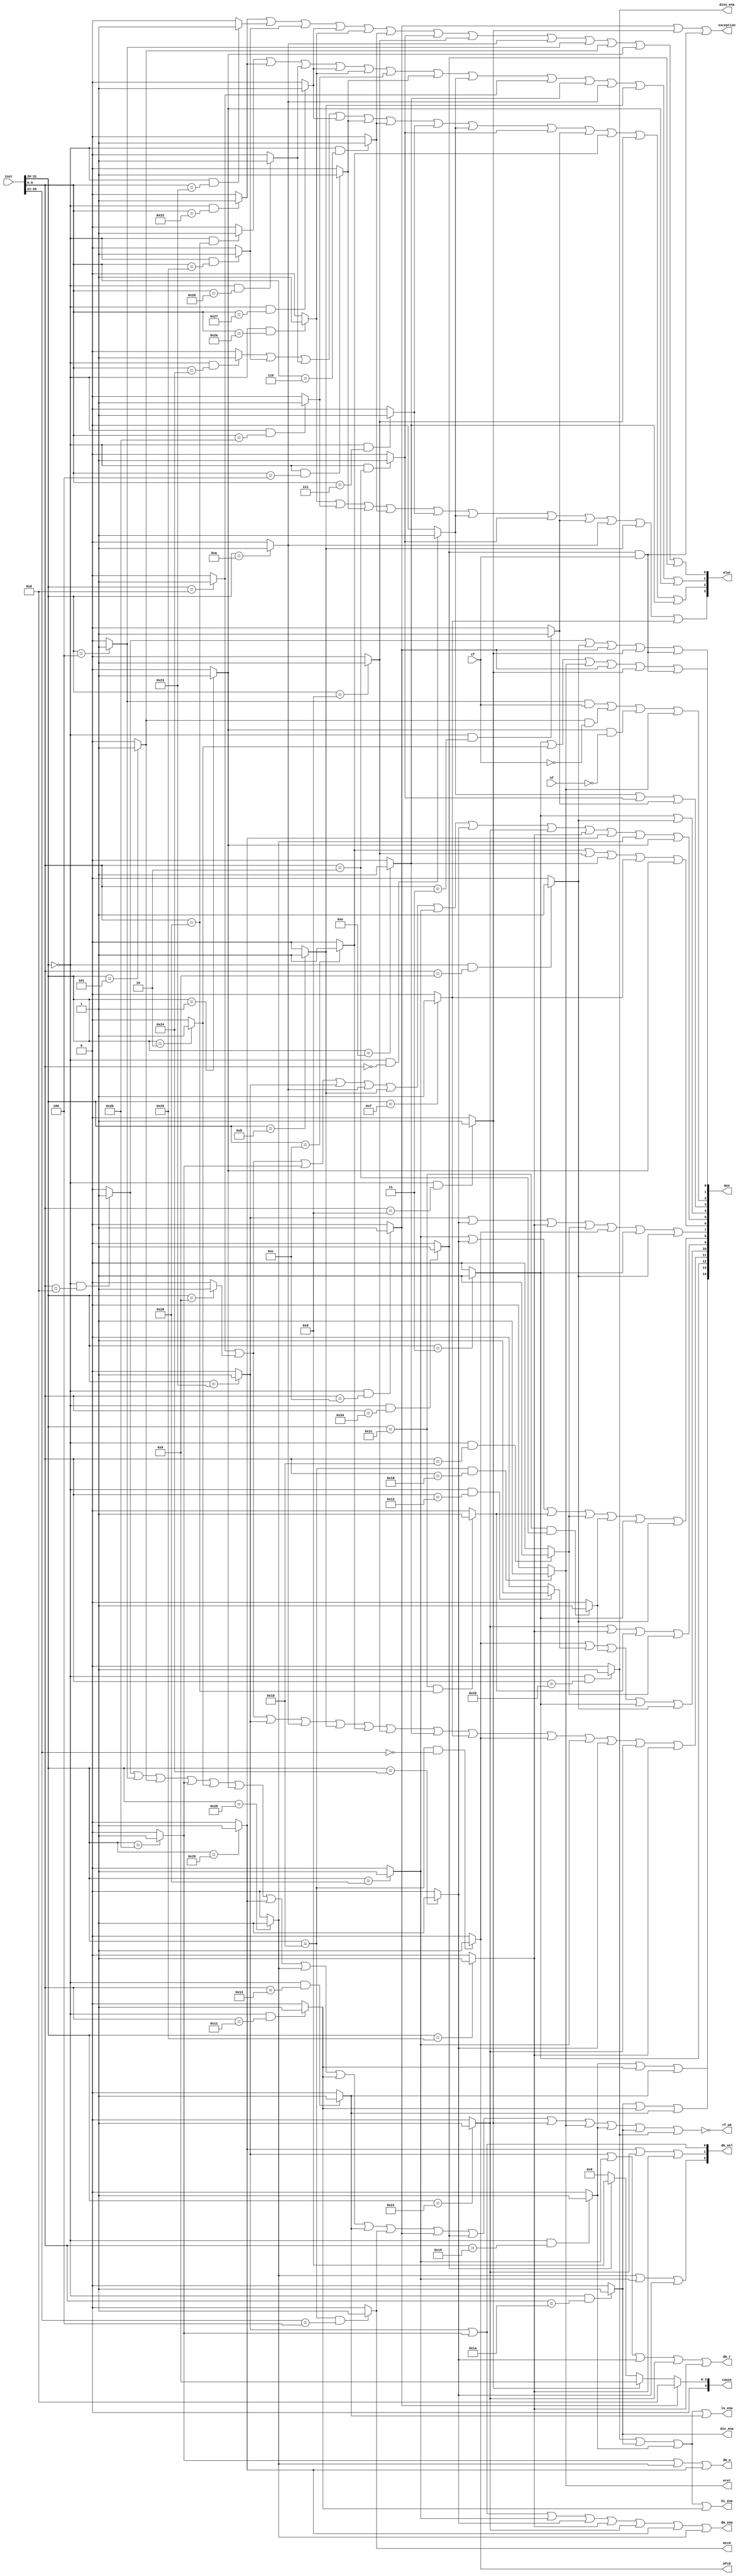
`timescale 1ns / 1ps

module cu(
   input  [31:0]inst,
   output [14:0]mux,
   input zf,
   input nf,
   output [3:0] aluc,
   output rf_we,
   output dm_ena,
   output dm_w,
   output dm_r,
   output [2:0]dm_sel,
   output mfc0,
   output mtc0,
   output exception,
   output eret,
   output [4:0]cause,
   output hi_ena,
   output lo_ena,
   output divu_ena,
   output div_ena
    );
    
    //31 inst
    wire add_op, addu_op, sub_op, subu_op, and_op, or_op, xor_op, nor_op;
    wire slt_op, sltu_op, sll_op, srl_op, sra_op, sllv_op, srlv_op, srav_op, jr_op;
    assign add_op  = (inst[31:26]==6'b000000&&inst[5:0]==6'b100000)?1'b1:1'b0;
    assign addu_op = (inst[31:26]==6'b000000&&inst[5:0]==6'b100001)?1'b1:1'b0;
    assign sub_op  = (inst[31:26]==6'b000000&&inst[5:0]==6'b100010)?1'b1:1'b0;
    assign subu_op = (inst[31:26]==6'b000000&&inst[5:0]==6'b100011)?1'b1:1'b0;
    assign and_op  = (inst[31:26]==6'b000000&&inst[5:0]==6'b100100)?1'b1:1'b0;
    assign or_op   = (inst[31:26]==6'b000000&&inst[5:0]==6'b100101)?1'b1:1'b0;
    assign xor_op  = (inst[31:26]==6'b000000&&inst[5:0]==6'b100110)?1'b1:1'b0;
    assign nor_op  = (inst[31:26]==6'b000000&&inst[5:0]==6'b100111)?1'b1:1'b0;
    assign slt_op  = (inst[31:26]==6'b000000&&inst[5:0]==6'b101010)?1'b1:1'b0;
    assign sltu_op = (inst[31:26]==6'b000000&&inst[5:0]==6'b101011)?1'b1:1'b0;
    assign sll_op  = (inst[31:26]==6'b000000&&inst[5:0]==6'b000000)?1'b1:1'b0;
    assign srl_op  = (inst[31:26]==6'b000000&&inst[5:0]==6'b000010)?1'b1:1'b0;
    assign sra_op  = (inst[31:26]==6'b000000&&inst[5:0]==6'b000011)?1'b1:1'b0;
    assign sllv_op = (inst[31:26]==6'b000000&&inst[5:0]==6'b000100)?1'b1:1'b0;
    assign srlv_op = (inst[31:26]==6'b000000&&inst[5:0]==6'b000110)?1'b1:1'b0;
    assign srav_op = (inst[31:26]==6'b000000&&inst[5:0]==6'b000111)?1'b1:1'b0;
    assign jr_op   = (inst[31:26]==6'b000000&&inst[5:0]==6'b001000)?1'b1:1'b0;
    
    wire addi_op, addiu_op, andi_op, ori_op, xori_op;
    wire  lw_op, sw_op, beq_op, bne_op,slti_op, sltiu_op, lui_op;
    assign addi_op = (inst[31:26]==6'b001000)?1'b1:1'b0;
    assign addiu_op= (inst[31:26]==6'b001001)?1'b1:1'b0;
    assign andi_op = (inst[31:26]==6'b001100)?1'b1:1'b0;
    assign ori_op  = (inst[31:26]==6'b001101)?1'b1:1'b0;
    assign xori_op = (inst[31:26]==6'b001110)?1'b1:1'b0;
    assign lw_op   = (inst[31:26]==6'b100011)?1'b1:1'b0;
    assign sw_op   = (inst[31:26]==6'b101011)?1'b1:1'b0;
    assign beq_op  = (inst[31:26]==6'b000100)?1'b1:1'b0;
    assign bne_op  = (inst[31:26]==6'b000101)?1'b1:1'b0;
    assign slti_op = (inst[31:26]==6'b001010)?1'b1:1'b0;
    assign sltiu_op= (inst[31:26]==6'b001011)?1'b1:1'b0;
    assign lui_op  = (inst[31:26]==6'b001111)?1'b1:1'b0;
    
    wire j_op, jal_op;
    assign j_op    = (inst[31:26]==6'b000010)?1'b1:1'b0;
    assign jal_op  = (inst[31:26]==6'b000011)?1'b1:1'b0;
    
    //32-54 inst
    wire clz_op,divu_op,div_op,multu_op,mul_op;
    assign clz_op  = (inst[31:26]==6'b011100&&inst[5:0]==6'b100000)?1'b1:1'b0;
    assign divu_op = (inst[31:26]==6'b000000&&inst[5:0]==6'b011011)?1'b1:1'b0;
    assign div_op  = (inst[31:26]==6'b000000&&inst[5:0]==6'b011010)?1'b1:1'b0;
    assign multu_op= (inst[31:26]==6'b000000&&inst[5:0]==6'b011001)?1'b1:1'b0;
    assign mul_op  = (inst[31:26]==6'b011100&&inst[5:0]==6'b000010)?1'b1:1'b0;//*
    //assign mul_op  = (inst[31:26]==6'b000000&&inst[5:0]==6'b011000)?1'b1:1'b0;
    
    wire lb_op,lbu_op, lh_op,lhu_op, sb_op,sh_op;  
    wire mfhi_op,mflo_op,mthi_op,mtlo_op;
    assign lb_op   = (inst[31:26]==6'b100000)?1'b1:1'b0;
    assign lbu_op  = (inst[31:26]==6'b100100)?1'b1:1'b0;
    assign lh_op   = (inst[31:26]==6'b100001)?1'b1:1'b0;
    assign lhu_op  = (inst[31:26]==6'b100101)?1'b1:1'b0;  
    assign sb_op   = (inst[31:26]==6'b101000)?1'b1:1'b0;
    assign sh_op   = (inst[31:26]==6'b101001)?1'b1:1'b0;
    assign mfhi_op = (inst[31:26]==6'b000000&&inst[5:0]==6'b010000)?1'b1:1'b0;
    assign mflo_op = (inst[31:26]==6'b000000&&inst[5:0]==6'b010010)?1'b1:1'b0; 
    assign mthi_op = (inst[31:26]==6'b000000&&inst[5:0]==6'b010001)?1'b1:1'b0;
    assign mtlo_op = (inst[31:26]==6'b000000&&inst[5:0]==6'b010011)?1'b1:1'b0;
    
    wire bgez_op,jalr_op;
    assign bgez_op = (inst[31:26]==6'b000001)?1'b1:1'b0;
    assign jalr_op = (inst[31:26]==6'b000000&&inst[5:0]==6'b001001)?1'b1:1'b0;
    
    wire mfc0_op,mtc0_op,syscall_op,teq_op,break_op,eret_op; 
    assign mfc0_op = (inst[31:26]==6'b010000&&inst[25:21]==5'b00000)?1'b1:1'b0;
    assign mtc0_op = (inst[31:26]==6'b010000&&inst[25:21]==5'b00100)?1'b1:1'b0;
    assign syscall_op = (inst[31:26]==6'b000000&&inst[5:0]==6'b001100)?1'b1:1'b0;
    assign teq_op  = (inst[31:26]==6'b000000&&inst[5:0]==6'b110100)?1'b1:1'b0;
    assign break_op= (inst[31:26]==6'b000000&&inst[5:0]==6'b001101)?1'b1:1'b0;
    assign eret_op = (inst[31:26]==6'b010000&&inst[5:0]==6'b011000)?1'b1:1'b0;
    
    /*------------------------------PC-----------------------------*/
    //mux[2:0] select pc_in
    //binary: 001 is jal_op | j_op ; 010 is jr_op | jalr_op ; 011 is syscall | break | teq & zf;100 is (beq_op & zf) |( bne_op & !zf) |(bgez_op & !nf) ; 101 is eret; 000 is others
    //sel: 000--NPC; 001--'||'; 010--'Rf.rs'; 011--32'h00400004; 100--sExt18+NPC
    assign mux[0]=jal_op || j_op || eret_op || syscall_op || break_op || teq_op & zf;
    assign mux[1]=jr_op || jalr_op || syscall_op || break_op || teq_op & zf;
    assign mux[2]=(beq_op & zf)||( bne_op & !zf)||(bgez_op & !nf)|| eret_op;// 0 is pc+4, 1 is ext18 + npc*
    
    /*------------------------------ALU-----------------------------*/
    assign aluc[3] = slt_op || sltu_op || sllv_op || srlv_op || srav_op || sll_op || srl_op || sra_op || slti_op || sltiu_op || lui_op ;
    assign aluc[2] = and_op || or_op || xor_op || nor_op || sllv_op || srlv_op || srav_op || sll_op || srl_op || sra_op || andi_op || ori_op || xori_op ;
    assign aluc[1] = add_op || sub_op || xor_op || nor_op || slt_op || sltu_op || sllv_op || sll_op || addi_op || xori_op || slti_op || sltiu_op || bgez_op;//*bgez
    assign aluc[0] = sub_op || subu_op || or_op || nor_op || slt_op || srlv_op || srl_op || ori_op || slti_op || beq_op || bne_op || bgez_op || teq_op;//*bgez,teq
    //select aluc_a; mux[4:3] 
    //binary 01-- sll_op | srl_op | sra_op ; 10--jal_op | jalr_op; 00 -- other
    assign mux[3]= sll_op || srl_op || sra_op;
    assign mux[4]= jal_op || jalr_op;
    //select aluc_b; mux[6:4] 
    //binary 001--4; 010--sExt16;100 --uExt16; 110--0; 000-Rt
    assign mux[5]= addi_op || addiu_op || sw_op || lw_op || slti_op || sltiu_op || lb_op || lbu_op || lh_op || lhu_op || sh_op || sb_op || bgez_op;
    assign mux[6]= andi_op || ori_op || xori_op || lui_op|| bgez_op;
   
    /*------------------------------RegFile-----------------------------*/
    //binary:lw is 0001, lb is 0010 , lbu is 0011 ,lh is 0100, lhu is 0101, clz is 0110 , mfhi is 0111, mflo is 1000, mfc0 is 1001, mul is 1010,jalr/jal is 1101others are 0000
    //select RegFile wData mux[10:7]
    assign mux[7] = lw_op || lbu_op || lhu_op || mfhi_op || mfc0_op || jal_op || jalr_op;
    assign mux[8] = lb_op || lbu_op || clz_op || mfhi_op || mul_op || jal_op || jalr_op;
    assign mux[9] = lh_op || lhu_op || clz_op || mfhi_op;
    assign mux[10]= mfc0_op || mflo_op || mul_op || jal_op || jalr_op;
   //select waddr mux[12:11]
    assign mux[11]= addi_op || addiu_op || lw_op || slti_op || sltiu_op || andi_op || ori_op || xori_op || lui_op || mfc0_op ||  lb_op || lbu_op || lh_op || lhu_op ;
    assign mux[12]= jal_op;
    assign rf_we = !(jr_op || beq_op || bne_op|| sw_op || j_op || bgez_op || sh_op || sb_op || mthi_op || mtlo_op || mtc0_op || syscall_op || teq_op || break_op || eret_op || multu_op || div_op ||divu_op);   
    
    /*------------------------------DMEM-----------------------------*/
    assign dm_ena = lw_op || sw_op || lb_op || lbu_op || lhu_op || lh_op || sh_op || sb_op;
    assign dm_w = sw_op || sb_op || sh_op;
    assign dm_r = lw_op || lb_op || lbu_op || lh_op || lhu_op;
    //101:lbu_op 110:lhu_op
    assign dm_sel[2] = sb_op || lb_op || lbu_op;//DM_byte,sign
    assign dm_sel[1] = sh_op || lh_op || lhu_op;//DM_half,sign
    assign dm_sel[0] = sw_op || lw_op ;//DM_word
    
   /*------------------------------CP0-----------------------------*/ 
   assign mfc0 = mfc0_op;
   assign mtc0 = mtc0_op;
   assign exception = syscall_op || break_op ||(teq_op & zf);
   assign eret = eret_op;
   assign cause= syscall_op? 5'b01000 : break_op? 5'b01001 : teq_op? 5'b01101 : 5'b0;
   
   /*------------------------------LO/HI-----------------------------*/ 
   assign hi_ena = divu_op || div_op || multu_op || mthi_op;
   assign lo_ena = divu_op || div_op || multu_op || mtlo_op;
   //sel hi_data_in&lo_data_in   divu:00;div:01;multu:10;mthi:11
   assign mux[13] = div_op || mthi_op || mtlo_op;
   assign mux[14] = multu_op || mthi_op || mtlo_op;
   
   /*-----------------------------DIV/DIVU---------------------------*/
   assign divu_ena = divu_op;
   assign div_ena  = div_op;
        
endmodule